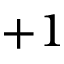
+ 1